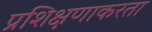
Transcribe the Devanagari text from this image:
प्रशिक्षणाकरता